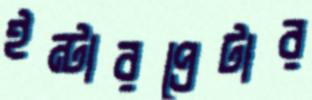
ইন্টারপ্রেটার